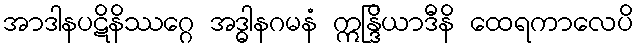
အာဒါနပဋိနိဿဂ္ဂေ အဒ္ဓါနဂမနံ ဣန္ဒြိယာဒီနိ ထေရကာလေပိ